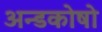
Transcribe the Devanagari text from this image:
अन्डकोषो